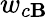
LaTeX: w_{c\mathbf{B}}